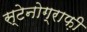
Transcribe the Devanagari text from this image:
स्टेनोग्राफ़ी